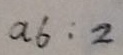
a _ { 6 } : 2